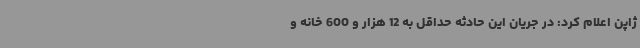
ژاپن اعلام کرد: در جریان این حادثه حداقل به 12 هزار و 600 خانه و